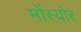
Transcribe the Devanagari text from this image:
मोंस्योर